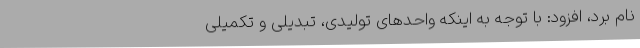
نام برد، افزود: با توجه به اینکه واحدهای تولیدی، تبدیلی و تکمیلی